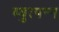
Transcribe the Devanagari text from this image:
ब्युत्पन्न